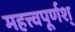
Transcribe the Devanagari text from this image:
महत्त्वपूर्णश्